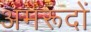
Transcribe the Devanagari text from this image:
अमरूदों